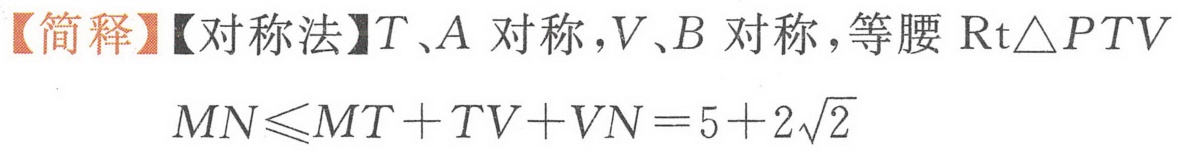
【简释】【对称法】\(T、A\) 对称，\(V、B\) 对称，等腰 \(\text{Rt}\triangle PTV\)
\(MN\leqslant MT + TV+VN = 5 + 2\sqrt{2}\)